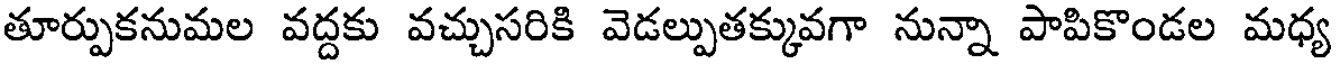
తూర్పుకనుమల వద్దకు వచ్చుసరికి వెడల్పుతక్కువగా నున్నా పాపికొండల మధ్య